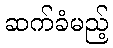
ဆက်ခံမည့်